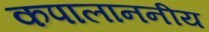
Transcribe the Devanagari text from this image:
कपालाननीय